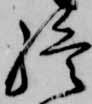
終